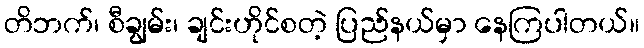
တိဘက်၊ စီချွမ်း၊ ချင်းဟိုင်စတဲ့ ပြည်နယ်မှာ နေကြပါတယ်။